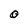
Character: 0